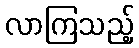
လာကြသည့်